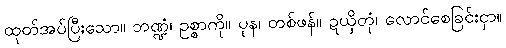
ထုတ်အပ်ပြီးသော။ ဘဏ္ဍံ၊ ဥစ္စာကို။ ပုန၊ တစ်ဖန်။ ဍယှိတုံ၊ လောင်စေခြင်းငှာ။